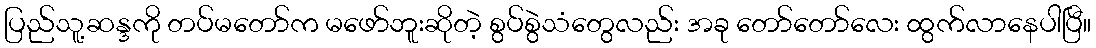
ပြည်သူ့ဆန္ဒကို တပ်မတော်က မဖော်ဘူးဆိုတဲ့ စွပ်စွဲသံတွေလည်း အခု တော်တော်လေး ထွက်လာနေပါပြီ။